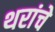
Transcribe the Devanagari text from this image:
थरांचे